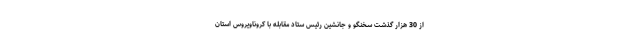
از 30 هزار گذشت سخنگو و جانشین رئیس ستاد مقابله با کروناویروس استان